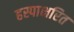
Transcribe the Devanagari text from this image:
हस्पाक्षरित